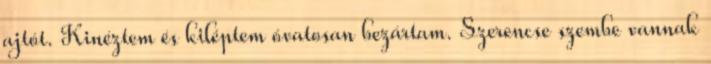
ajtót. Kinéztem és kiléptem óvatosan bezártam. Szerencse szembe vannak